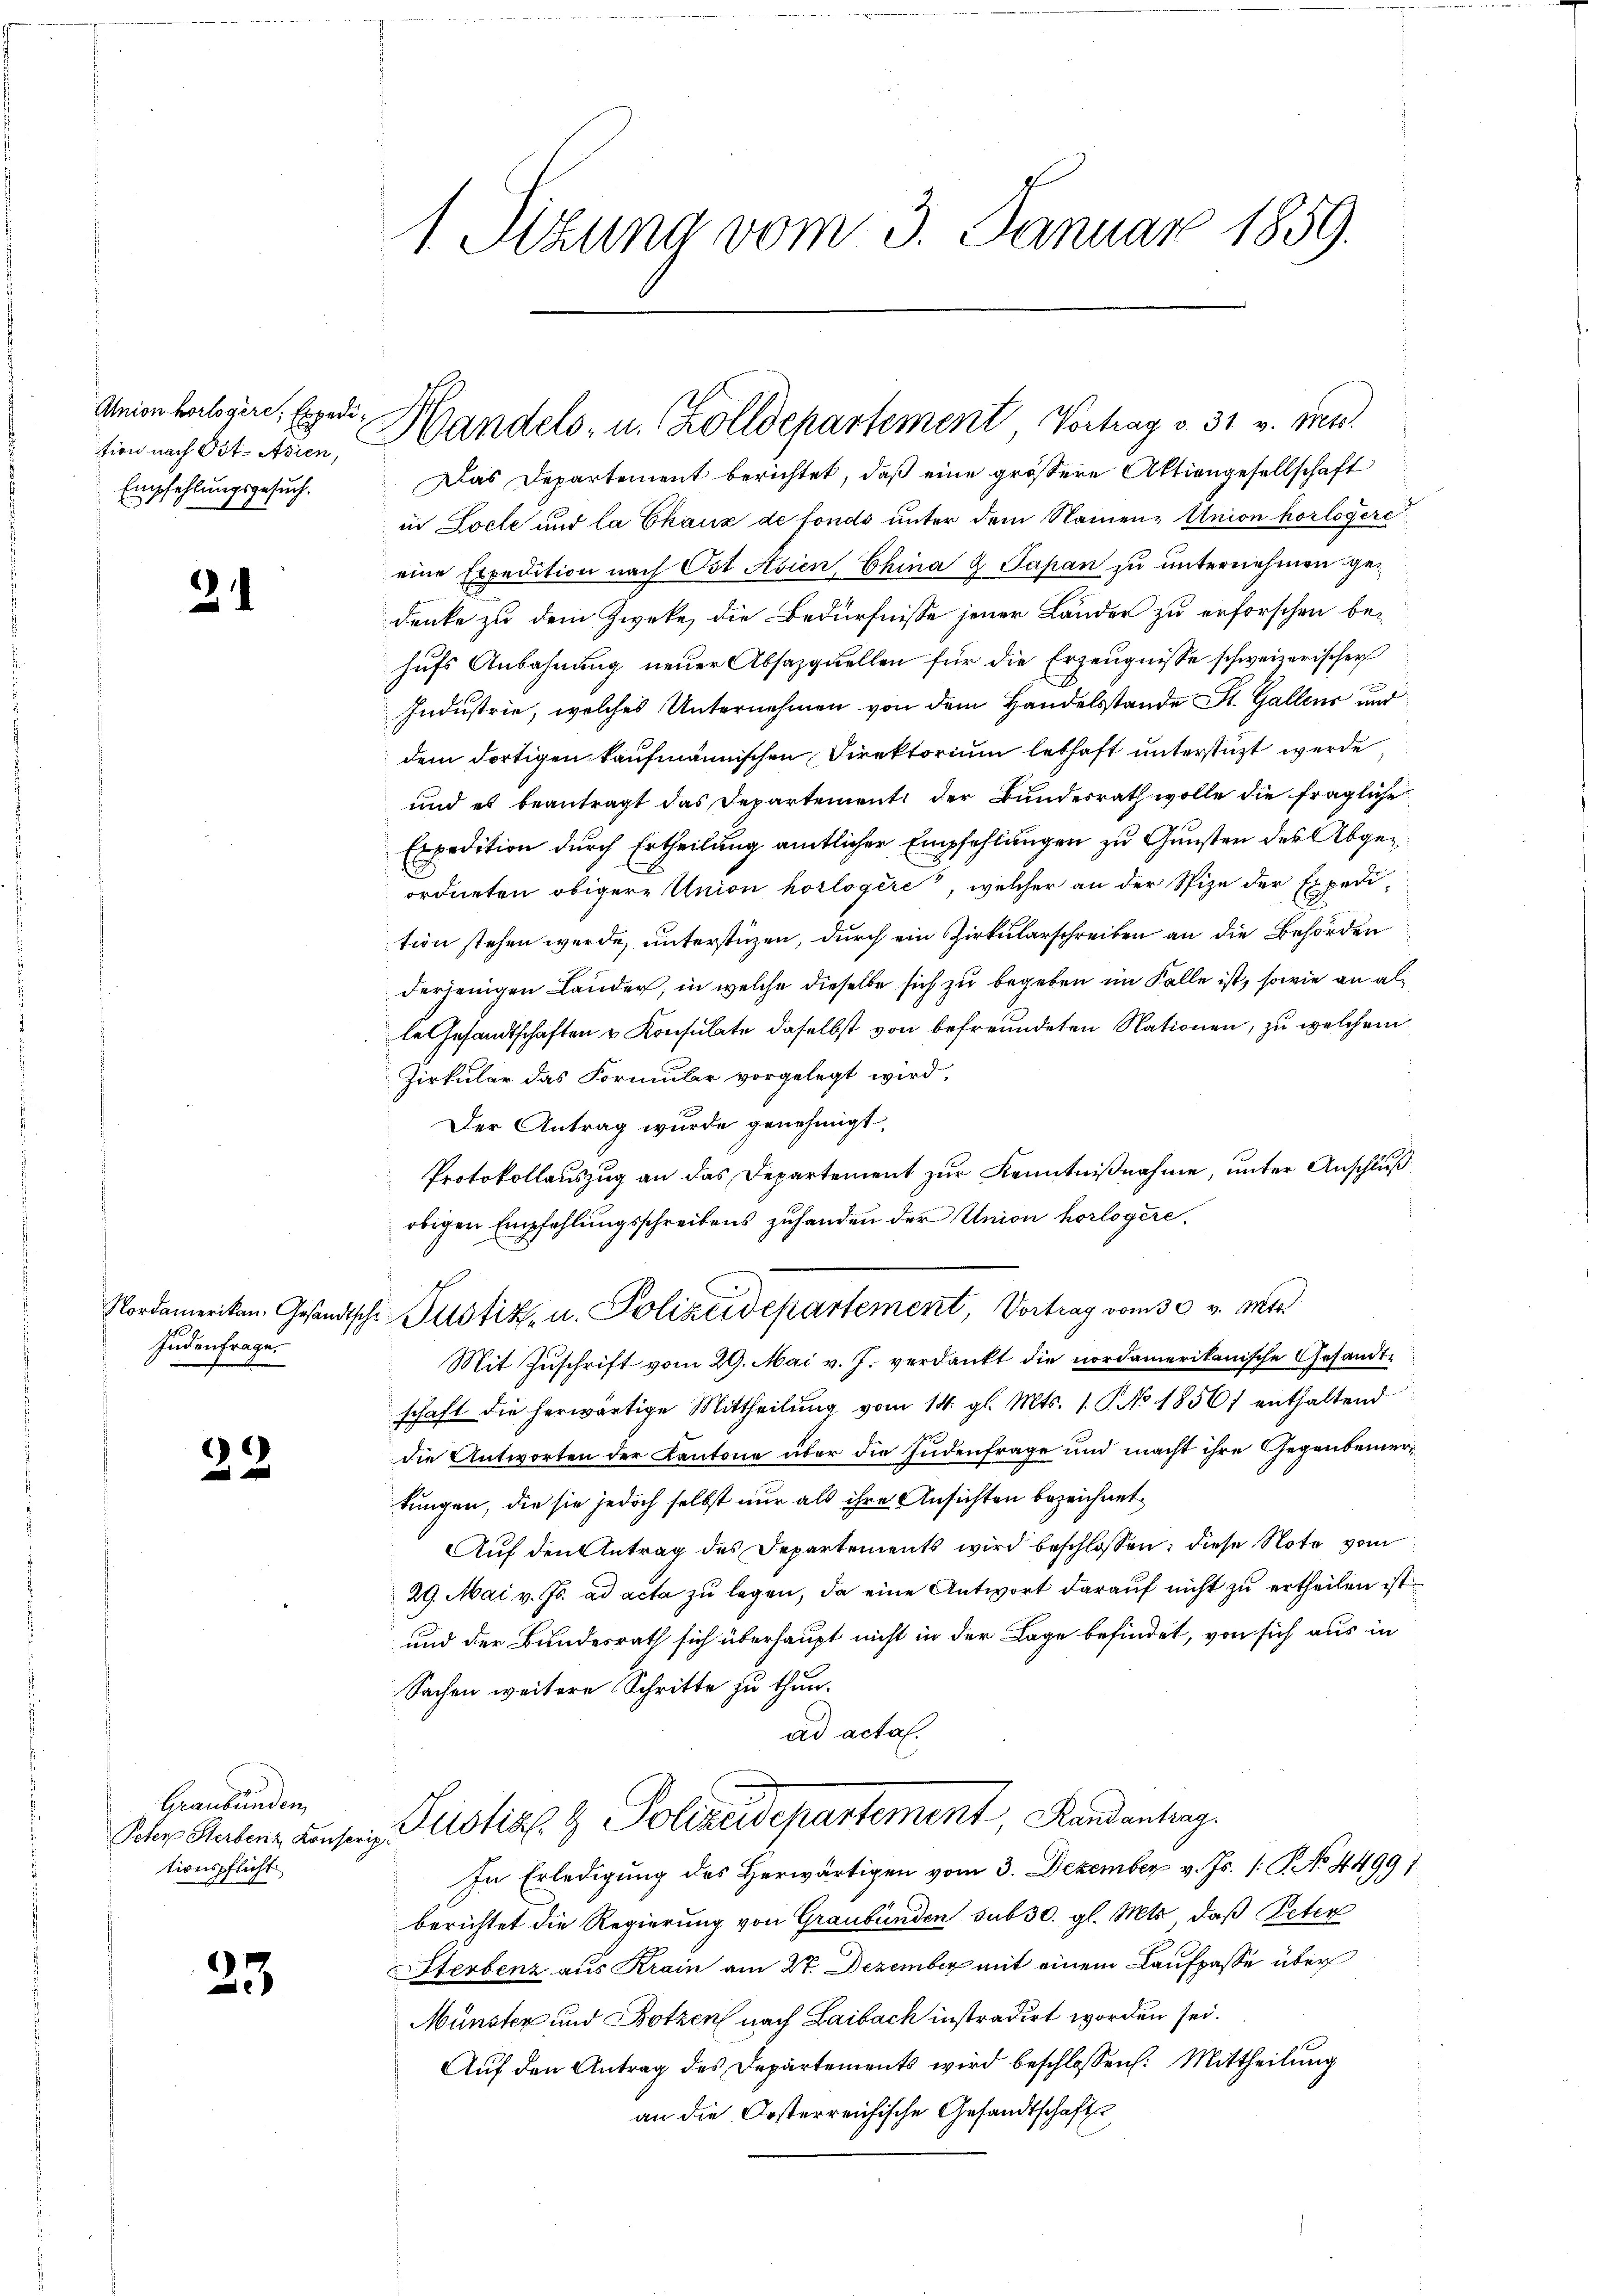
tion nach Ost- Asien,
Empfehlungsgesuch.

2

Judenfrage.

.
22

Graubünden,
Peter Sterbenz Konscrip
tionspflicht

23

1 Sizung vom 3. Januar 1859.

Anion belegere, Exped. Handels- u. Zolldepartement Vortrag v. 31 v. Mts.

Das Departement berichtet, daß eine grössere Aktiengesellschaft
in Locle und la Chaux de fonds unter dem Namen-Union horlogere
eine Expedition nach Ost Asien, China & Papan zu unternehmen gedenke zu dem Zweke, die Bedürfnisse jener Länder zu erforschen behufs Anbahnung neuer Absazquellen für die Erzeugnisse schweizerischer
Industrie, welches Unternehmen von dem Handelsstande St. Gallens und
dem dortigen kaufmännischen Direktorium lebhaft unterstüzt werde
und es beantragt das Departement der Bundesrath wolle die fragliche
Expedition durch Ertheilung amtlicher Empfehlungen zu Gunsten des Abgeordneten obigere Union horlogere, welcher an der Spize der Expedition stehen wurde unterstüzen, durch ein Zirkularschreiben an die Behörden
derjenigen Lauder, in welche dieselbe sich zu begeben im Falle ist, sowie an als
le Gesandtschaften u Konsulate daselbst von befreundeten Nationen, zu welchem
Zirkular das Formular vorgelegt wird,
Der Antrag wurde genehmigt,
Protokollauszug an das Departement zur Kenntnißnahme, unter Anschluß
obigen Empfehlungsschreibens zuhanden der Union horlogere.
Nordamerikan. Gesandtsche Justiz, u. Polizeidepartement, Vortrag vom 30. v. Mts.
Mit Zuschrift vom 29. Mai v. J. verdankt die nordamerikanische Gesandtschaft die herwärtige Mittheilŭng vom 14. gl. Mts. 1. P. No 1856 enthaltend
die Antworten der Kantone über die Judenfrage und macht ihre Gegenbemertungen, die sie jedoch selbst nur als ihre Ansichten bezeichnet
Auf den Antrag des Departements wird beschlossen: diese Note vom
29. Mai v. Js. ad acta zu legen, da eine Antwort darauf nicht zu ertheilen ist
und der Bundesrath sich überhaupt nicht in der Lage befindet, von sich aus in
Sachen weitere Schritte zu thun.
ad acta.
Justiz & Polizeidepartement, Landantrag
In Erledigung des Herwärtigen vom 3. Dezember v. Js. (: P. No 4499 1
berichtet die Regierung von Graubünden sub 30. gl. Mts., daß Peter
ferbenz aus Krain am 27. Dezember mit einem Laufpasse über
Münster und Botzen nach Laibach instradirt worden sei.
Aŭf den Antrag des Departements wird beschlossen: Mittheilung
an die Oesterreichische Gesandtschaft